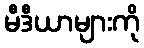
မီဒီယာများကို